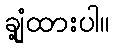
ချုံ့ထားပါ။